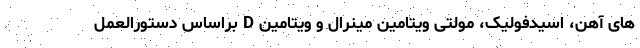
های آهن، اسیدفولیک، مولتی ویتامین مینرال و ویتامین D براساس دستورالعمل